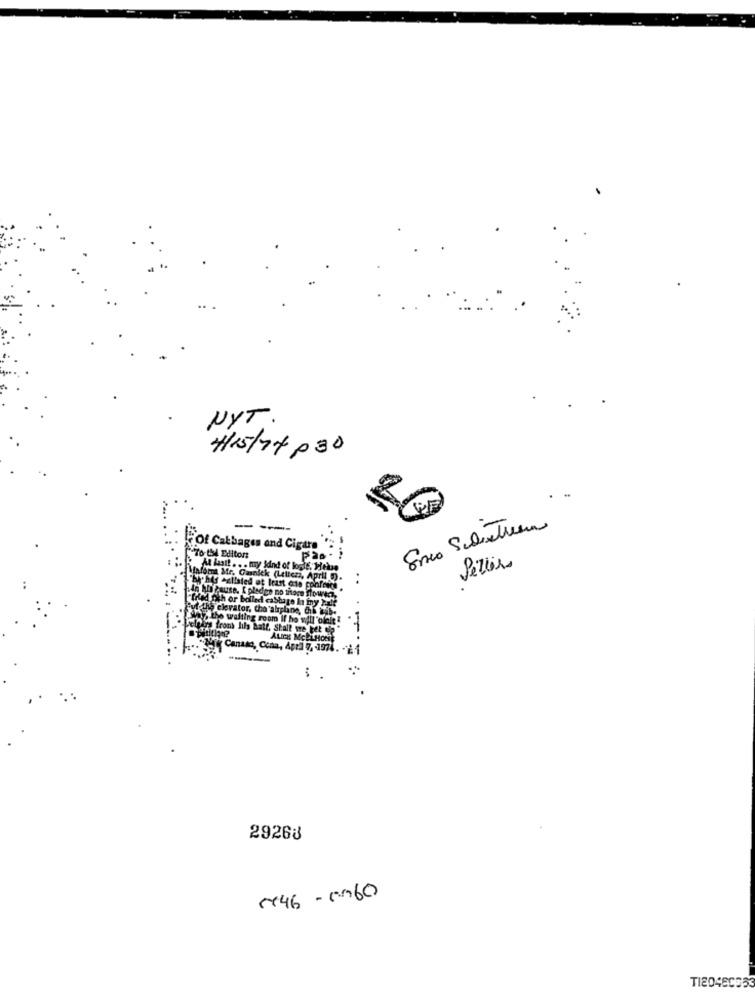
NYT.
H/15/14 .30
----
Of Cal
ages and Cigara
Peller
Informa Mr. Ga
At last! . . . mn
isitlan?
Mi Can
Canaso, Cona, Ap
--
:
.
29268
546 - 0960
TI20480053